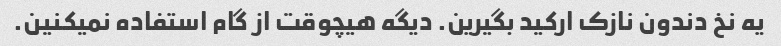
یه نخ دندون نازک ارکید بگیرین. دیگه هیچوقت از گام استفاده نمیکنین.